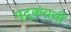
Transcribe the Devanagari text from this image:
मृदुकवची